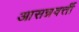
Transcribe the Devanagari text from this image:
आसन्नवर्त्ती